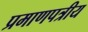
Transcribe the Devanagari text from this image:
प्रमाणपत्रीय